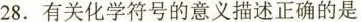
28.有关化学符号的意义描述正确的是